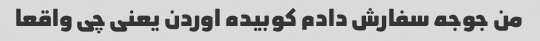
من جوجه سفارش دادم کوبیده اوردن یعنی چی واقعا